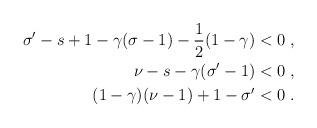
LaTeX: \begin{align*}\begin{aligned}\sigma^\prime -s + 1 - \gamma (\sigma-1) - \frac{1}{2} (1-\gamma)&<0~,\\\nu - s - \gamma (\sigma^\prime-1) &<0 ~, \\(1-\gamma) (\nu-1) + 1- \sigma^\prime &<0~. \end{aligned}\end{align*}